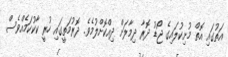
އަތުގައި އޮތް މުށިކުލައިގެ ޖޯޑު ދޮރާ ދިމާލަށް ދިއްކޮށްލުމެވެ. ދޮރުމަތީގައި ހުރީ ކާކުކަމެއްވެސް